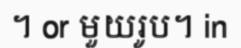
។ or មួយរូប។ in